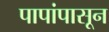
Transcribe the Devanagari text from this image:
पापांपासून